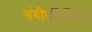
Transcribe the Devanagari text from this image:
संगीतशिक्षिका